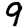
Digit: 9